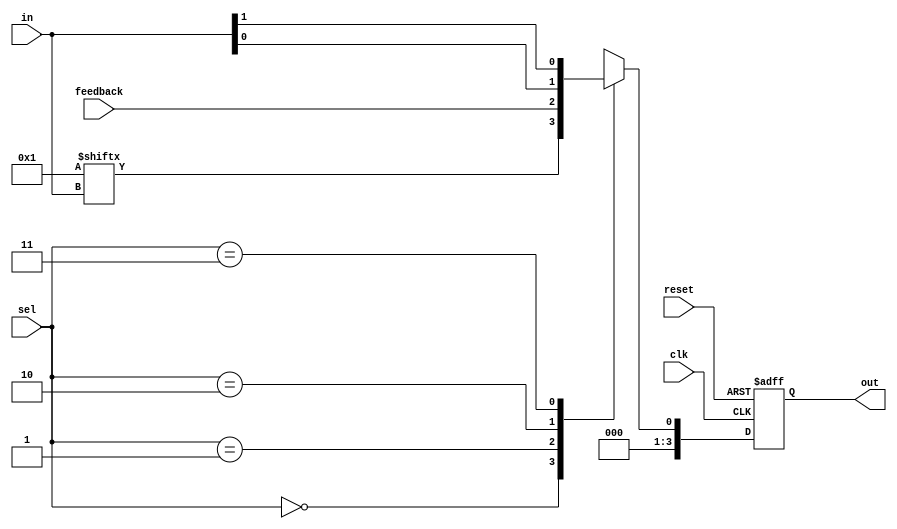
module CLB (
    input wire [3:0] in,          // 4-bit input signals
    input wire [1:0] sel,         // 2-bit selector for multiplexer
    input wire feedback,           // Feedback input
    input wire clk,                // Clock signal for control
    input wire reset,              // Reset signal
    output reg [3:0] out          // 4-bit output signals
);

// Configuration memory for LUTs (example for 4-bit LUT)
reg [15:0] lut_memory; // 16 entries for 4-bit input
initial begin
    // Example configuration for the LUT (AND function)
    lut_memory = 16'b0000000000000001; // Only output '1' for input '1111'
end

// Logic function using LUT
wire lut_out;
assign lut_out = lut_memory[in]; // LUT output based on input

// Multiplexer to select output based on control signals
reg mux_out;
always @(*) begin
    case(sel)
        2'b00: mux_out = lut_out; // Direct LUT output
        2'b01: mux_out = feedback; // Feedback input
        2'b10: mux_out = in[0];    // Select first input signal
        2'b11: mux_out = in[1];    // Select second input signal
        default: mux_out = 1'b0;    // Default case
    endcase
end

// Output logic with feedback
always @(posedge clk or posedge reset) begin
    if (reset) begin
        out <= 4'b0000; // Reset output
    end else begin
        out <= {3'b000, mux_out}; // Assign the selected output to the least significant bit
    end
end

endmodule